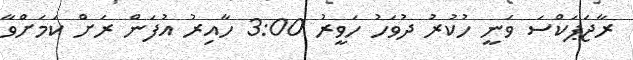
ރާޖަޕަކްސަ ވަނީ ހުކުރު ދުވަހު ހަވީރު 3:00 ހާއިރު އުފަން ރަށް ކަމަށްވާ